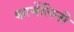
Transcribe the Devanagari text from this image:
कार्मेलिनी